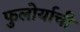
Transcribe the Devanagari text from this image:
फुलोर्याची